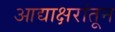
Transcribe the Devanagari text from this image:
आद्याक्षरांतून